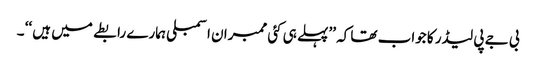
بی جے پی لیڈر کا جواب تھا کہ ’’پہلے ہی کئی ممبران اسمبلی ہمارے رابطے میں ہیں ‘‘ ۔